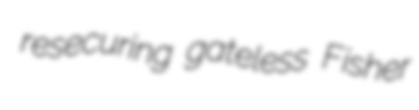
resecuring gateless Fisher